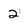
Character: 2